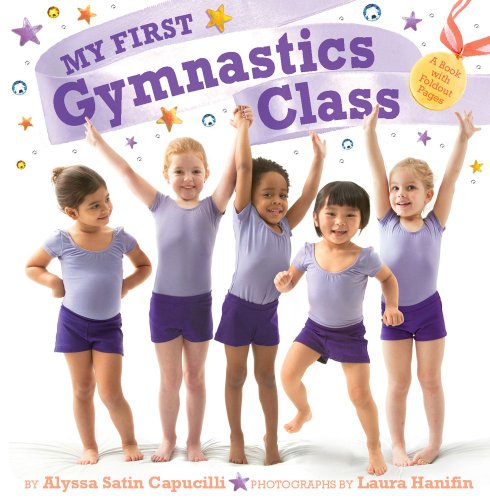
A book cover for My First Gymnastics Class: A Book with Foldout Pages; Alyssa Satin Capucilli; Children's Books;